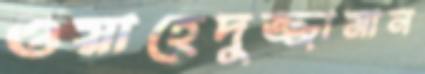
ওয়াহেদুজ্জামান